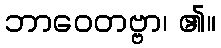
ဘာဝေတဗ္ဗာ၊ ၏။